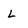
Character: L